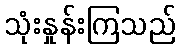
သုံးနှုန်းကြသည်